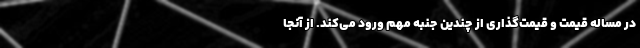
در مساله قیمت و قیمت‌گذاری از چندین جنبه مهم ورود می‌کند. از آنجا